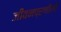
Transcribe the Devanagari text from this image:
जीवनप्रणीली